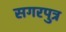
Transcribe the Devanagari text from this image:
सगरपुत्र